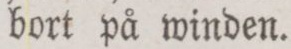
bort på winden.